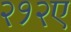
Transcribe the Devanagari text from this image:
२१२ए